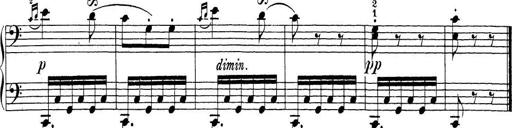
Title: Sonatina Album
Composer: Louis KÃ¶hler